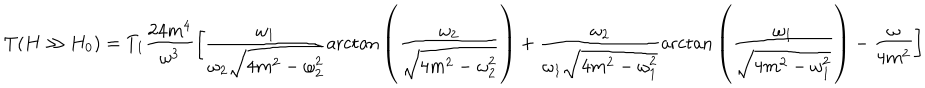
\displaystyle { T ( H \gg H _ { 0 } ) = T _ { 1 } \frac { 2 4 m ^ { 4 } } { \omega ^ { 3 } } \bigg [ \frac { \omega _ { 1 } } { \omega _ { 2 } \sqrt { 4 m ^ { 2 } - \omega _ { 2 } ^ { 2 } } } \mathrm { a r c t a n } \left( \frac { \omega _ { 2 } } { \sqrt { 4 m ^ { 2 } - \omega _ { 2 } ^ { 2 } } } \right) + \frac { \omega _ { 2 } } { \omega _ { 1 } \sqrt { 4 m ^ { 2 } - \omega _ { 1 } ^ { 2 } } } \mathrm { a r c t a n } \left( \frac { \omega _ { 1 } } { \sqrt { 4 m ^ { 2 } - \omega _ { 1 } ^ { 2 } } } \right) - \frac { \omega } { 4 m ^ { 2 } } \bigg ] }